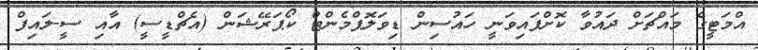
އްމަޓީގެ މައްޗަށް ދައުވާ ކޮށްފައިވަނީ ހައުސިން ޑިވަލޮޕްމެންޓް ކޯޕަރޭޝަން (އެޗްޑީސީ) އާއި ސީ-ލައިފް